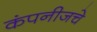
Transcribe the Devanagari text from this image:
कंपनीजचे